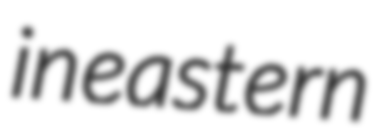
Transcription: in eastern